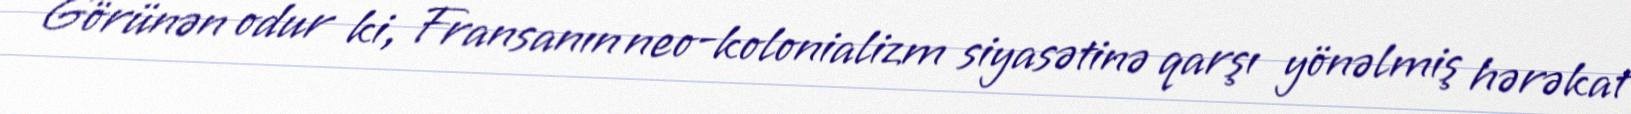
Görünən odur ki, Fransanın neo-kolonializm siyasətinə qarşı yönəlmiş hərəkat